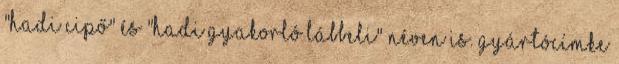
"hadi cipő" és "hadi gyakorló lábbeli" néven is. gyártócímke